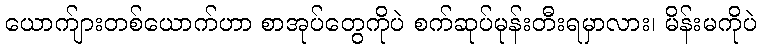
ယောက်ျားတစ်ယောက်ဟာ စာအုပ်တွေကိုပဲ စက်ဆုပ်မုန်းတီးရမှာလား၊ မိန်းမကိုပဲ